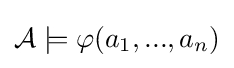
{\mathcal {A}}\models \varphi (a_{1},...,a_{n})